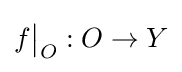
f{\big \vert }_{O}:O\to Y